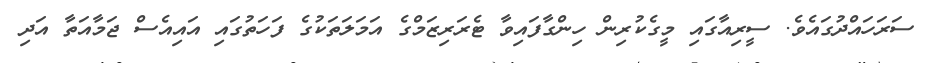
ސަރަހައްދުގައެވެ. ސީރިއާގައި މީގެކުރިން ހިންގާފައިވާ ޓެރަރިޒަމްގެ އަމަލަތަކުގެ ފަހަތުގައި އައިއެސް ޖަމާއަތާ އަދި